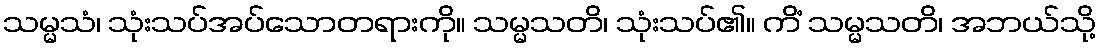
သမ္မသံ၊ သုံးသပ်အပ်သောတရားကို။ သမ္မသတိ၊ သုံးသပ်၏။ ကိံ သမ္မသတိ၊ အဘယ်သို့